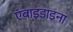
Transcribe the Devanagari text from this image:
एंबाइडाइना